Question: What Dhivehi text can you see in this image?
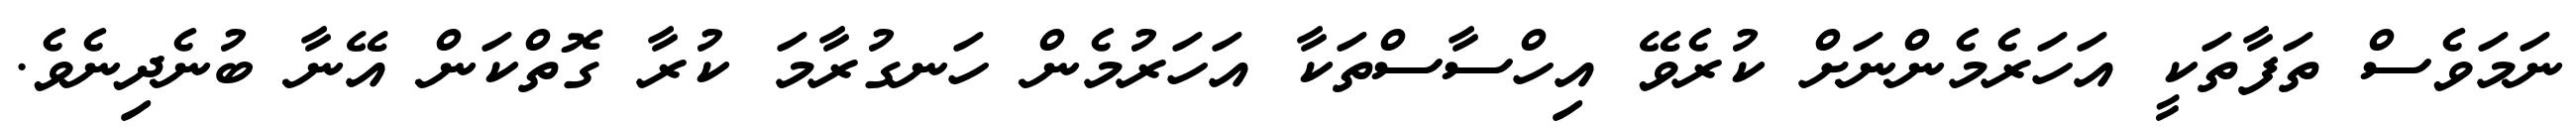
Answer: ނަމަވެސް ތަފާތަކީ އަހަރެމެންނަށް ކުރެވޭ އިހްސާސްތަކާ އަހަރުމެން ހަނގުރާމަ ކުރާ ގޮތްކަން އޭނާ ބުނެދިނެވެ.